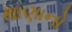
થાણાનો